Report on vaccination in Madras 1904-1921 - 1904-1921
Year: 1904
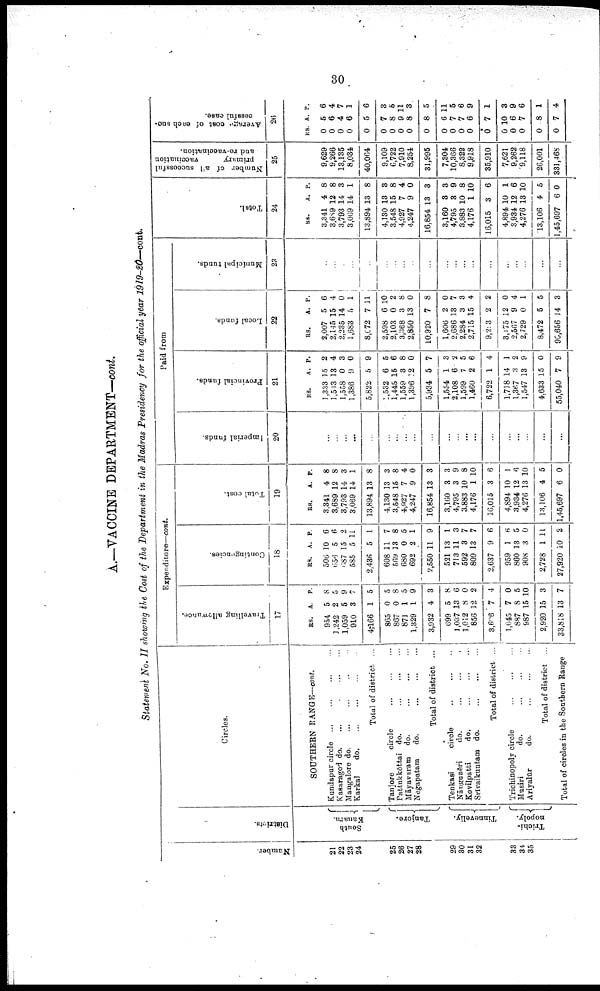
30
A.—VACCINE DEPARTMENT—cont.
Statement No. II showing the Cost of the Department in the Madras Presidency for the official year 1919-20—cont.
Number.
21
22
23
24
25
26
27
28
29
30
31
32
33
34
35
Districts.
South
Kanara.
Tanjore.
Tinnevelly.
Trichi-
nopoly.
Circles.
SOUTHERN RANGE—cont.
Kundapur circle... ... ...
Kasargod do. ... ... ...
Mangalore do. ... ... ...
Karkal
d
o
. ... ... ...
Total of district. ...
Tanjore
circle.
...
...
...
Pattukkōttai do.
...
...
...
Māyavaram do. ... ... ... ...
Negapatam
do. ... ... ...
Total of district ... ... ...
Tenkasi
circle. ... ... ... ... ...
Nāngunēri
d o . . . ... ... ...
Kovilpatti do. ... ... ... ...
Srivaikuntam do. ...
...
...
...
Total of district ...
Trichinopoly circle... ... ... ...
Musiri
do. ... ... ... ...
Ariyalūr
do. ... ... ...
...
Total of district ...
Total of circles in the Southern Range
Expenditure—cont.
Travelling allowance.
17
RS.
954
1,242
1,059
910
4,166
865
867
871
1,329
3,932
699
1,037
1,012
856
3,606
1,045
887
987
2,920
33,818
A.
5
2
5
3
1
0
0
1
1
4
5
13
8
12
7
7
8
15
15
13
P.
8
5
9
7
5
5
8
5
9
3
8
6
0
2
4
0
5
10
3
7
Contingencies.
18
RS.
506
656
687
585
2,436
608
569
680
692
2,550
521
713
592
809
2,637
959
860
908
2,728
27,920
A.
10
5
15
5
5
11
13
0
2
11
13
11
3
13
9
1
13
3
1
10
P.
6
6
2
11
1
7
8
5
1
9
1
3
7
7
6
6
5
0
11
2
Total cost.
19
RS.
3,341
3,689
3,793
3,069
13,894
4,130
3,548
4,927
4,247
16,854
3,160
4,795
3,883
4,176
16,015
4,894
3,934
4,276
13,106
1,45,697
A.
4
12
14
14
13
13
15
7
9
13
3
3
10
1
3
10
12
13
4
6
P.
8
8
3
1
8
3
8
4
0
3
3
9
8
10
6
1
6
10
5
0
Paid from
Imperial funds.
20
...
...
...
...
...
...
...
...
...
...
...
...
...
...
...
...
...
...
...
...
Provincial funds.
21
RS.
1,333
1,543
1,558
1,386
5,822
1,532
1,445
1,559
1,396
5,934
1,554
2,108
1,599
1,460
6,722
1,718
l,367
1,547
4,633
55,040
A.
15
13
0
9
5
6
15
3
12
5
1
6
7
2
1
14
3
13
15
7
P.
2
4
3
0
9
5
6
8
0
7
3
2
5
6
4
1
2
9
0
9
Local funds.
22
RS.
2,007
2,145
2,235
1,683
8,072
2,598
2,103
3,368
2,850
10,920
1,606
2,686
2,284
2,715
9,203
3,175
2,567
2,729
8,472
90,656
A.
5
15
14
5
7
6
0
3
13
7
2
13
3
15
2
12
9
0
5
14
P.
6
4
0
1
11
10
2
8
0
8
0
7
3
4
2
0
4
1
5
3
Municipal funds.
23
...
...
...
...
...
...
...
...
...
...
...
...
...
...
...
...
...
...
...
...
Total.
24
RS.
3,341
3,689
3,793
3,069
13,894
4,130
3,548
4,927
4,247
16,854
3,160
4,795
3,883
4,176
16,015
4,894
3,934
4,276
13,106
1,45,697
A.
4
12
14
14
13
13
15
7
9
13
3
3
10
1
3
10
12
13
4
6
P.
8
8
3
1
8
8
8
4
0
3
3
9
8
10
6
1
6
10
5
0
Number of all successful
primary
vaccination
and re-vaccination.
25
9,629
9,266
13,135
8,034
40,064
9,109
6,722
7,910
8,254
31,995
7,304
10,366
8,322
9,918
35,910
7,621
9,262
9,118
26,001
331,468
Average cost of each suc
cessful case.
26
RS.
0
0
0
0
0
0
0
0
0
0
0
0
0
0
0
0
0
0
0
0
A.
5
6
4
6
5
7
8
9
8
8
6
7
7
6
7
10
6
7
8
7
P.
6
4
7
1
6
3
5
11
3
5
11
5
6
9
1
3
9
6
1
4